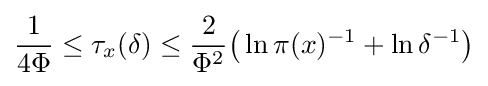
{\frac {1}{4\Phi }}\leq \tau _{x}(\delta )\leq {\frac {2}{\Phi ^{2}}}{\big (}\ln \pi (x)^{-1}+\ln \delta ^{-1}{\big )}